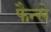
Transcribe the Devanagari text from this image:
फैन्से